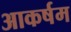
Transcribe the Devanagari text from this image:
आकर्षम